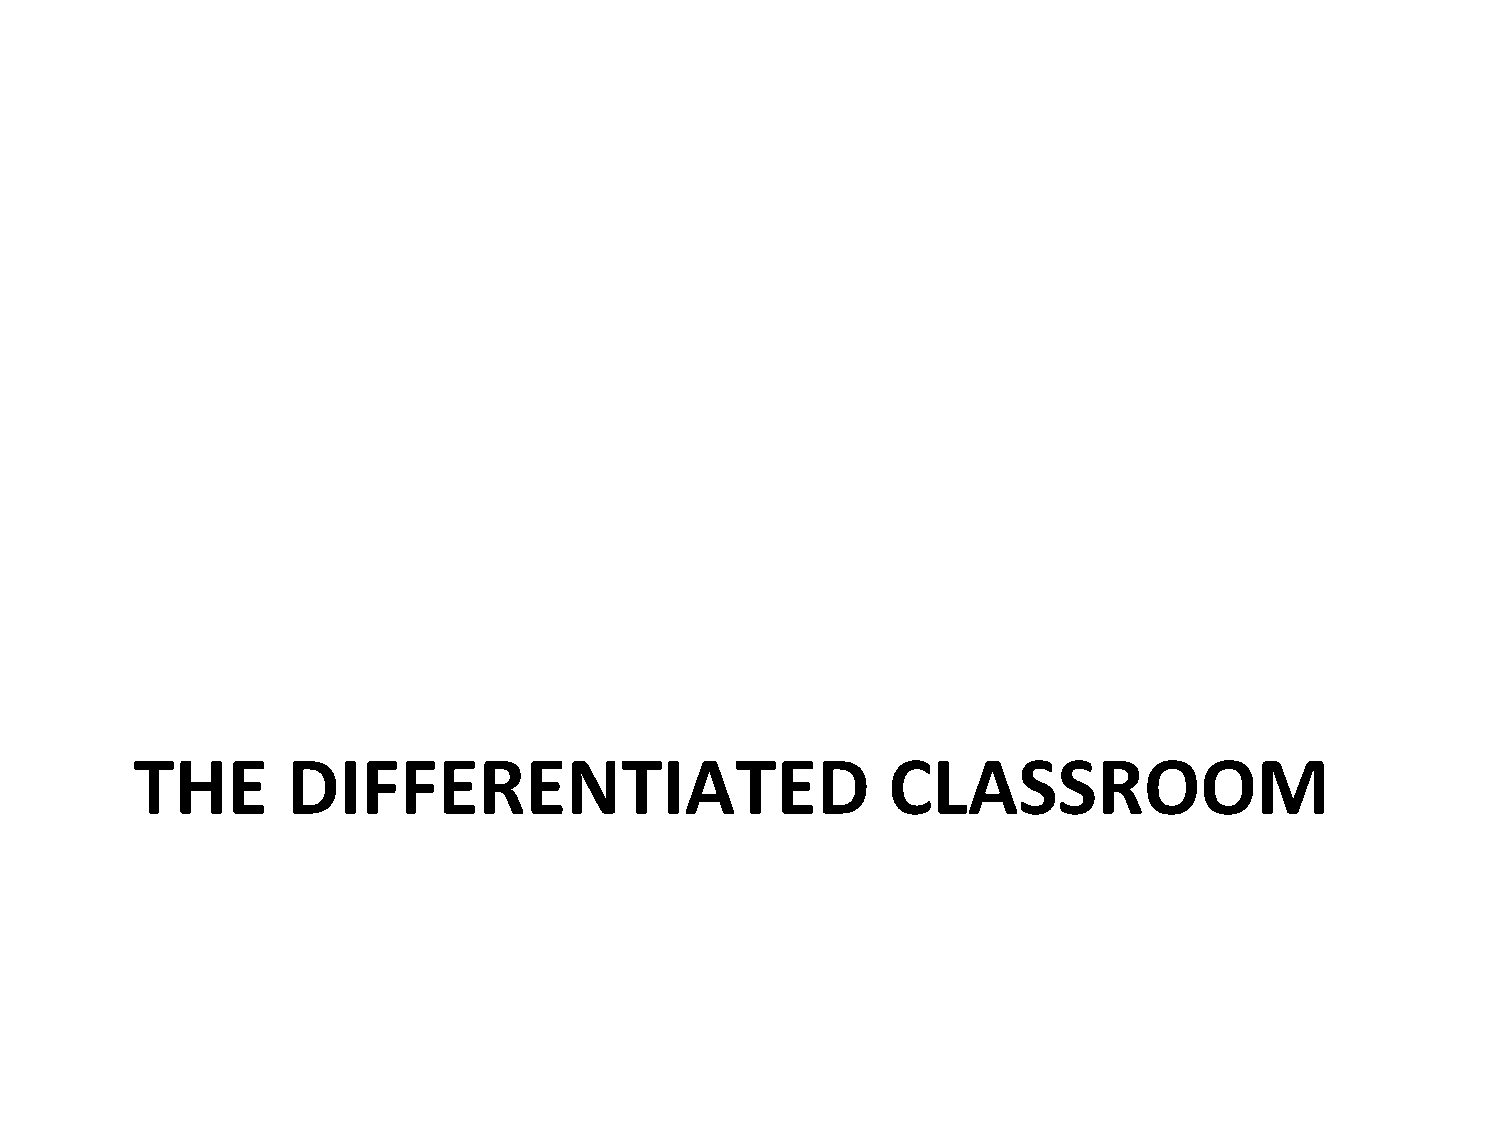
THE       DIFFERENTIATED                          CLASSROOM